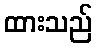
ထားသည်